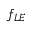
f _ { L E }